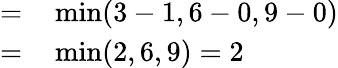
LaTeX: \begin{array}{rl}{=}&{{}\operatorname*{min}(3-1,6-0,9-0)}\\ {=}&{{}\operatorname*{min}(2,6,9)=2}\end{array}